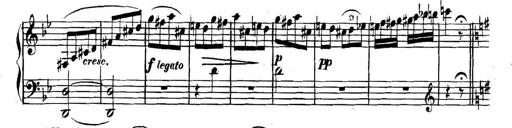
Title: Collected Piano Sonatas
Composer: Muzio Clementi